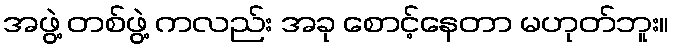
အဖွဲ့ တစ်ဖွဲ့ ကလည်း အခု စောင့်နေတာ မဟုတ်ဘူး။